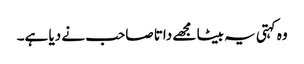
وہ کہتی یہ بیٹا مجھے داتا صاحب نے دیا ہے۔